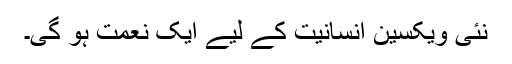
نئی ویکسین انسانیت کے لیے ایک نعمت ہو گی۔